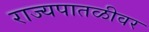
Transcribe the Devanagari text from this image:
राज्यपातळीवर